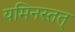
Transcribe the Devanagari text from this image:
यमिनस्तत्